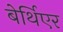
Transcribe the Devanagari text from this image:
बेर्थिएर